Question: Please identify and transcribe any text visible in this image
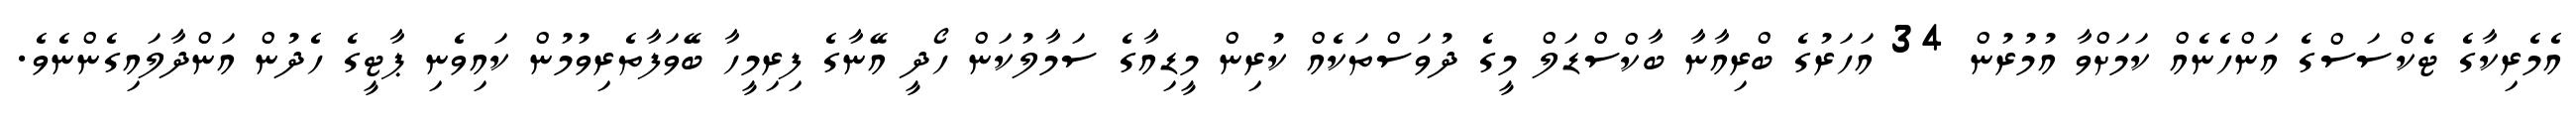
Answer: އެމެރިކާގެ ޓެކްސަސްގެ އަންހެނެއް ކަމަށްވާ އުމުރުން 34 އަހަރުގެ ބްރިއާނާ ބާކްސްޑަލް މީގެ ދުވަސްތަކެއް ކުރިން މީޑިއާގެ ސަމާލުކަން ހޯދީ އޭނާގެ ފިރިމީހާ ބޭވަފާތެރިވުމުން ކައިވެނި ޕާޓީގެ ހެދުން އަންދާލައިގެންނެވެ.